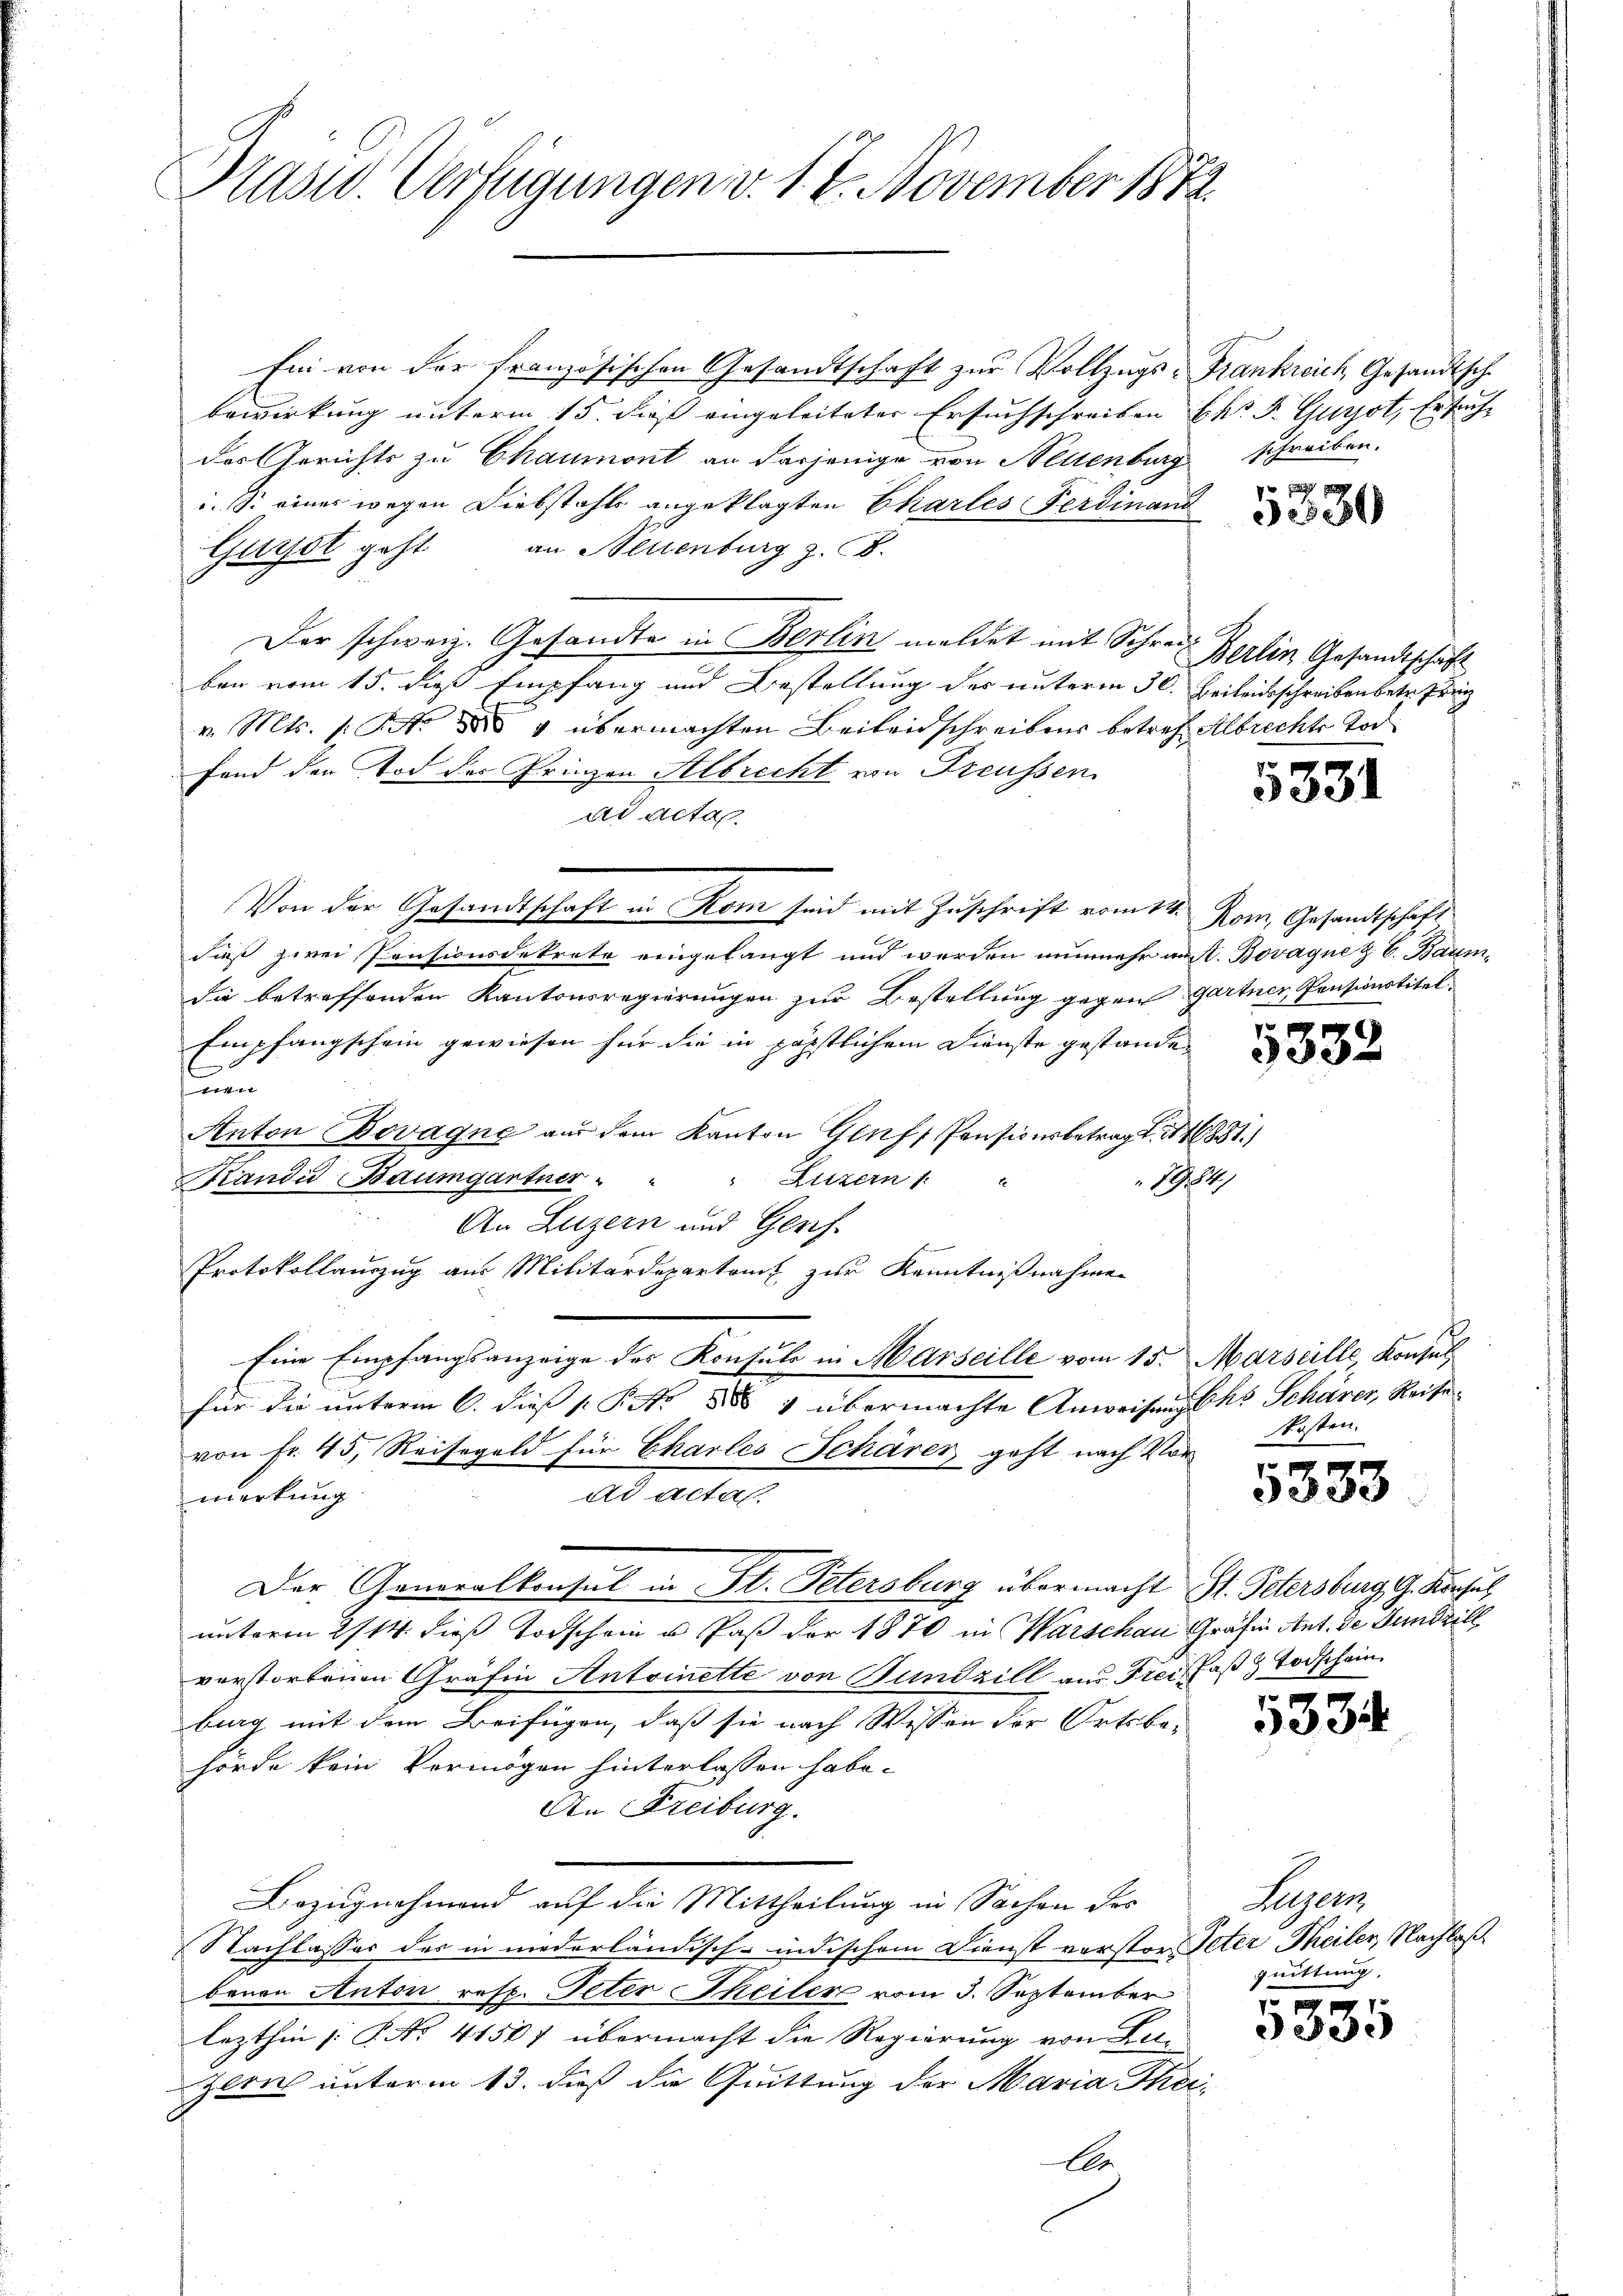
Präsid. Verfügungen v. 1. 2. November 1882.

Ein von der französischen Gesandtschaft zur Vollzugs-Frankreich, Gesandtsch
bewirkung unterm 15. des eingeleiteter Ersuchschreiben k. J. Gugot, Ersuche
des Gerichts zu Chaumont an derjenige von Neuenburg schreiben.
i. S. einer wegen Diebstahls angeklagten Charles Ferdinanz
Gurst geht an Neuenburg z. B.
Der schweiz. Gesandte in Berlin meldet mit Schreib Berlin Gesandtschaft
ben vom 15. dieß Empfang und Bestellung des unterm 30. Beileisschreibenbetr. Pri
v. Mts. (: St.  4 übermachten Beileidschreibens betref Albrechte Tod
Fand den Tod des Grinzen Albrecht von Freussen
ad acta
Von der Gesandtschaft in Rom seid mit Zuschrift vom 14. Kanz. Gesandtschaft
daß zwei Pensionsdekrete eingelangt und werden nunmehr aust. Bovagne & B. Baumdie betreffenden Kantonsregierungen zur Bestellung gegen Gartner, Pensionstitel
Empfangschein gewiesen für die in päpstlichem Dienste gestanden
und
Anton Bovagne aus dem Kanton Genf, Pensionsbetrag d. 1881.)
Kandid Baumgartner " " " Luzern 1 "
7984.)
An Luzern und Genf
Protokollauszug aus Militärdepartonis zur Kenntnißnahme
Eine Empfangsanzeige des Konsuls in Marseille vom 15. Marseille, Konsul
für die unterm 6. dies P. Nr. 888 & übermachte Anweisung des Schärer, Reise
von Fr. 45, Reisegeld für Charles Schärer geht nach Vor Kosten.
ad acta
merkung
Der Generalkonsul in St. Petersburg übermacht St. Petersburg, G. Konsul
unterm 2/14. dieß Todschein u Paß der 1870 in Warschau Gräfin Ant. de Fundrill
verstorbenen Gräfin Antoinette von Bundzill aus Frei Faß & Todschein
burg mit dem Beifügen, daß sie nach Wessen der Ortsbe-
hörde kein Vermögen hinterlassen habe.
An Freiburg.
Bezugnehmend auf die Mittheilung in Sachen des
Nachlasses des in niederländisch-indischem Dienst vorsten Peter Theiler, Nachlaß
benen Anton resp. Peter Theiler vom 3. September Zittung
lezthin (: P. No 41507 übermacht die Regierung von Lu¬
Zlrich unterm 13. daß die Quittung der Maria Thei
A

5331

5333

5333

5334

m
5335

Helen